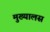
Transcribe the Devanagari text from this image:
मुख्यालस